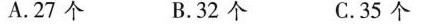
A.27个 B.32个 C.35个